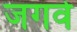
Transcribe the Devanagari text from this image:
जगवे